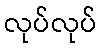
လုပ်လုပ်